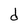
Character: d